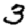
Digit: 3